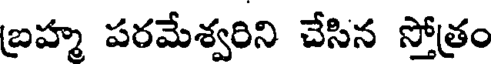
బ్రహ్మ పరమేశ్వరిని చేసిన స్తోత్రం